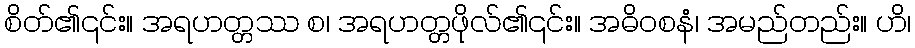
စိတ်၏၎င်း။ အရဟတ္တဿ စ၊ အရဟတ္တဖိုလ်၏၎င်း။ အဓိဝစနံ၊ အမည်တည်း။ ဟိ၊